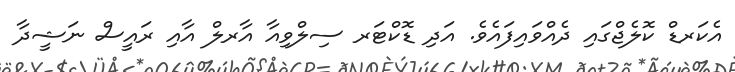
އެކަރޑް ކޮލެޖްގައި ދެއްވައިފައެވެ. އަދި ޑޮކްޓަރ ސިލްވިއާ އާރލް އާއި ރައީސް ނަޝީދާ